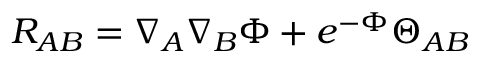
R _ { A B } = \nabla _ { A } \nabla _ { B } \Phi + e ^ { - \Phi } \Theta _ { A B }